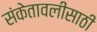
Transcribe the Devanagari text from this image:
संकेतावलीसाठी